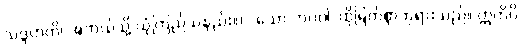
သဒ္ဒဟတိ၊ အဘယ်သို့ ယုံကြည်သနည်း။) “သော ဘဂဝါ၊ ထိုမြတ်စွာဘုရားသည်။ ဣတိပိ